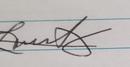
Signature authenticity: genuine